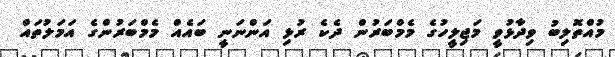
މުއްތޮލިބު ވިދާޅުވީ މަޖިލީހުގެ މެމްބަރުން ދެކެ ރުޅި އަންނަނީ ބައެއް މެމްބަރުންގެ އަމަލުތައް